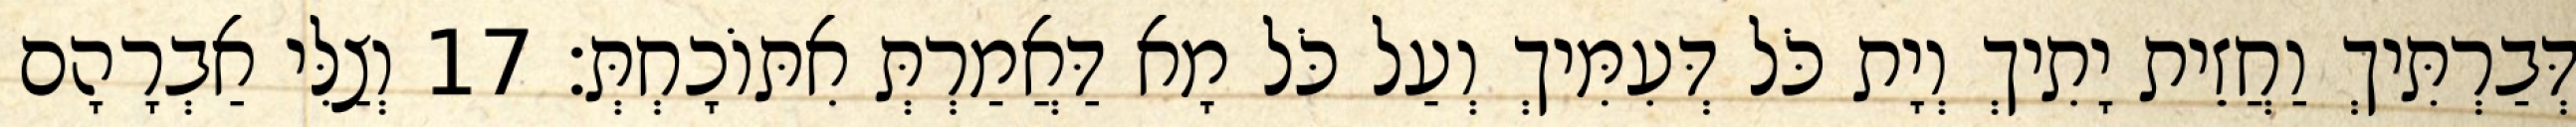
דְּבַרְתִּיךְ וַחֲזֵית יָתִיךְ וְיָת כֹּל דְּעִמִּיךְ וְעַל כֹּל מָא דַּאֲמַרְתְּ אִתּוֹכָחְתְּ׃ 17 וְצַלִּי אַבְרָהָם